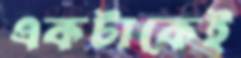
একটাকেই